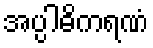
အပ္ပါဓိကရဏံ